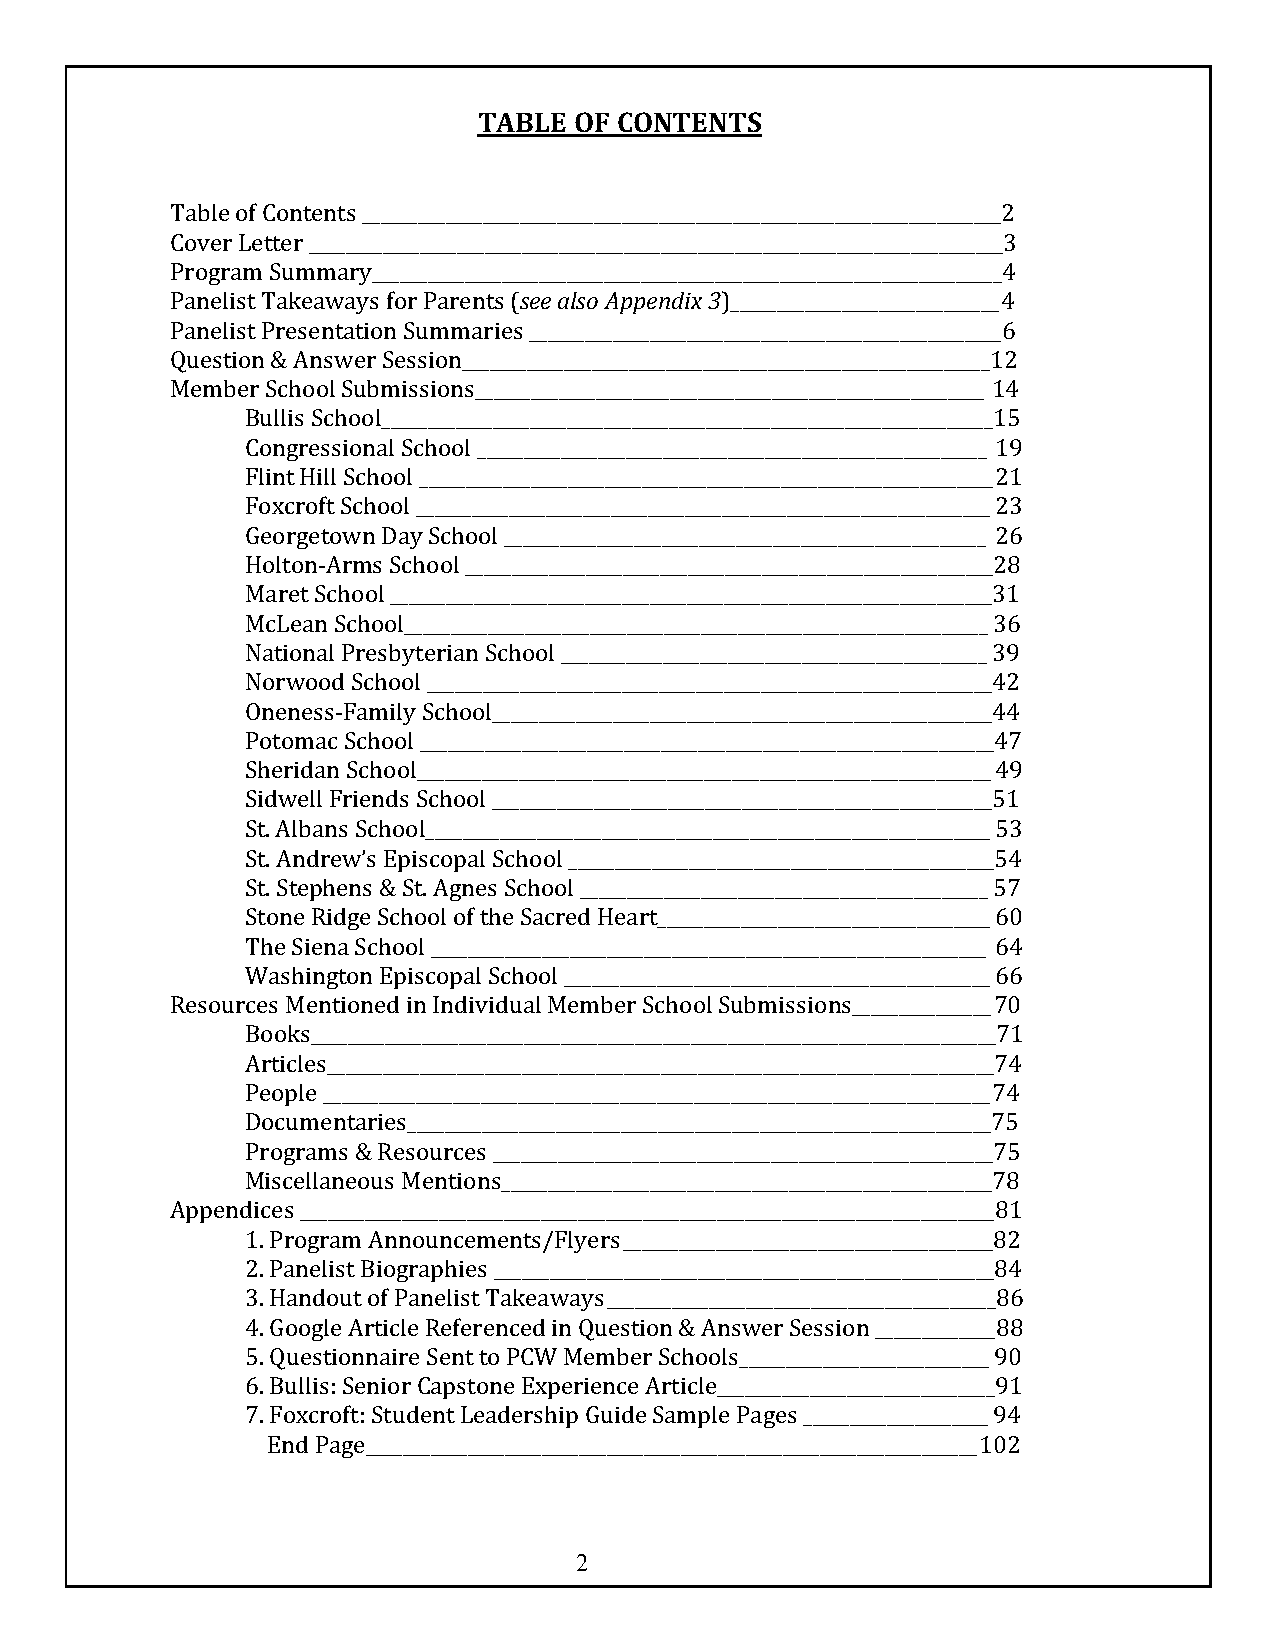
TABLE OF CONTENTS
 Table of Contents _____________________________________________________________________2
 Cover Letter ___________________________________________________________________________3
 Program Summary____________________________________________________________________4
 Panelist Takeaways for Parents (see also Appendix 3)_____________________________4
 Panelist Presentation Summaries ___________________________________________________6
 Question & Answer Session_________________________________________________________12
 Member School Submissions_______________________________________________________ 14
 Bullis School__________________________________________________________________15
 Congressional School _______________________________________________________ 19
 Flint Hill School ______________________________________________________________ 21
 Foxcroft School ______________________________________________________________ 23
 Georgetown Day School ____________________________________________________ 26
 Holton-Arms School _________________________________________________________28
 Maret School _________________________________________________________________31
 McLean School_______________________________________________________________ 36
 National Presbyterian School ______________________________________________ 39
 Norwood School _____________________________________________________________42
 Oneness-Family School______________________________________________________44
 Potomac School ______________________________________________________________47
 Sheridan School______________________________________________________________ 49
 Sidwell Friends School ______________________________________________________51
 St. Albans School_____________________________________________________________ 53
 St. Andrew’s Episcopal School ______________________________________________54
 St. Stephens & St. Agnes School ____________________________________________ 57
 Stone Ridge School of the Sacred Heart____________________________________ 60
 The Siena School ____________________________________________________________ 64
 Washington Episcopal School ______________________________________________ 66
 Resources Mentioned in Individual Member School Submissions_______________70
 Books__________________________________________________________________________71
 Articles________________________________________________________________________74
 People ________________________________________________________________________74
 Documentaries_______________________________________________________________75
 Programs & Resources ______________________________________________________75
 Miscellaneous Mentions_____________________________________________________78
 Appendices ___________________________________________________________________________81
 1. Program Announcements/Flyers________________________________________82
 2. Panelist Biographies ______________________________________________________84
 3. Handout of Panelist Takeaways__________________________________________86
 4. Google Article Referenced in Question & Answer Session _____________88
 5. Questionnaire Sent to PCW Member Schools___________________________90
 6. Bullis: Senior Capstone Experience Article______________________________91
 7. Foxcroft: Student Leadership Guide Sample Pages ____________________94
 End Page__________________________________________________________________102
 2